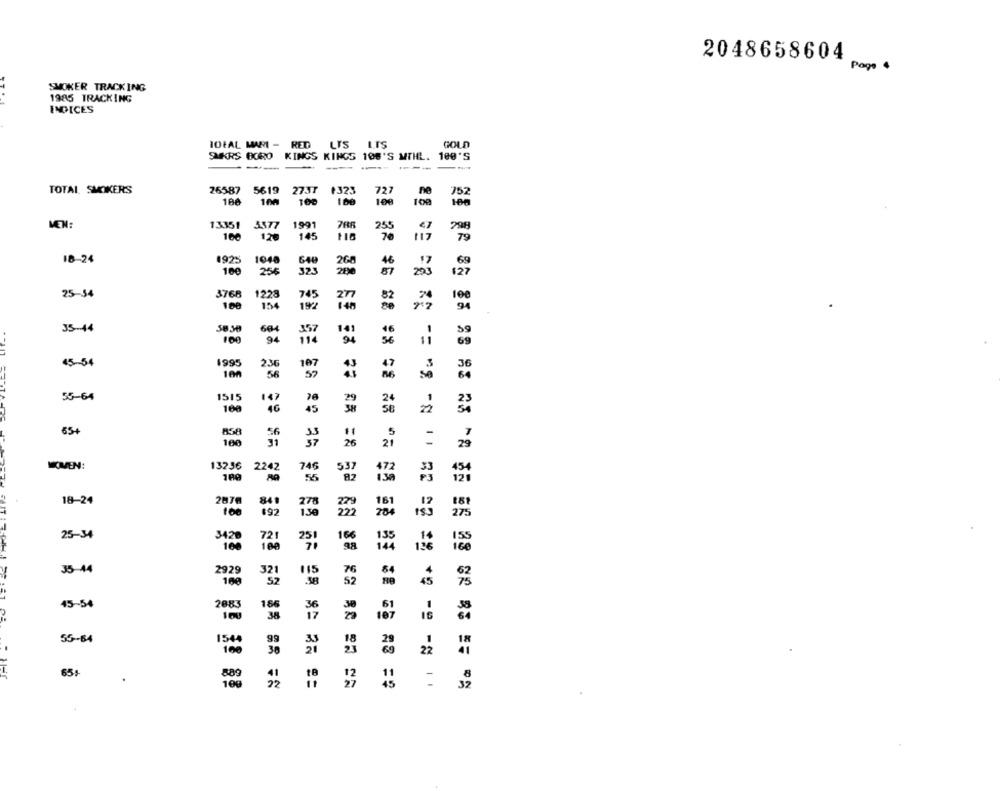
2048658604
Page 4
SMOKER TRACKING
1985 TRACKING
INDICES
IDEAL MAMI - RED
LYS L.IŞ
GOLD
SUKRS BORO KINGS KINGS 108'S MTHL. 100'S
TOTAL SMOKERS
26587 5619 2737
+323
727
ne
752
100
100
100
100
106
VEN:
13351
3577
1991
7RR
255
20g
100
120
145
118
79
18-24
1923
1048
46
100
268
256
323
290
293
25-54
3768
1228
745
24
100
154
1992
35-44
58.30
604
141
100
94
94
56
59
45 -- 54
1995
236
107
47
56
57
1515
55-64
147
100
46
65+
858
56
11
100
31
26
21
29
KOMEN:
132.36
2242
746
55
537
454
18-24
2076
841
22g
161
12
151
160
$92
204
153
275
25-34
3420
721
166
.14
100
100
25
144
136
ice
35-44
2929
321
115
64
160
52
52
45
75
45-54
2083
186
100
38
187
55-64
154
99
100
30
22
65,
889
100
22
45